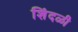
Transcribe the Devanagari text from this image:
शिंदळी